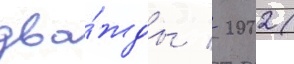
два́жды / 2002 (